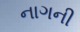
નાગની